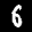
Label: 6